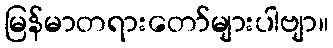
မြန်မာတရားတော်များပါဗျာ။